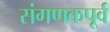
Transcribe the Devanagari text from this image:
संगणकपूर्व